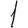
Digit: 1